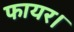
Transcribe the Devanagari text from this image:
फायर।